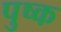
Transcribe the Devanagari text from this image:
पुष्क